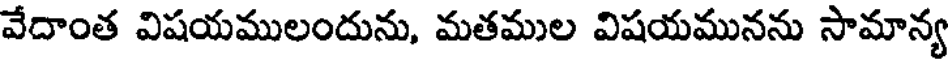
వేదాంత విషయములందును, మతముల విషయమునను సామాన్య